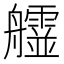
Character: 𦫄